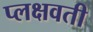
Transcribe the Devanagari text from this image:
प्लक्षवती